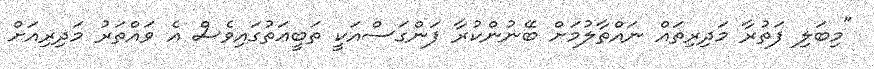
"މިބަލި ފަތުރާ މަދިރިތައް ނައްތާލުމަށް ބޭނުންކުރާ ފަންގަސްއަކީ ތަބީޢަތުގައިވެސް އެ ވައްތަރު މަދިރިއަށް